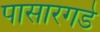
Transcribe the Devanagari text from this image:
पासारगडे